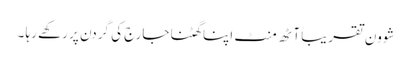
شوون تقریباً آٹھ منٹ اپنا گھٹنا جارج کی گردن پر رکھے رہا ۔